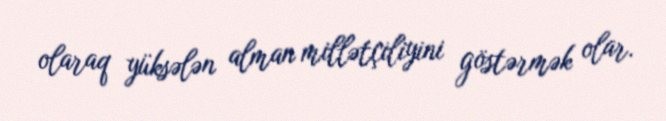
olaraq yüksələn alman millətçiliyini göstərmək olar.